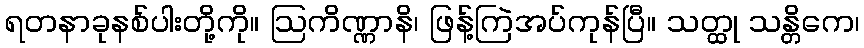
ရတနာခုနစ်ပါးတို့ကို။ ဩကိဏ္ဏာနိ၊ ဖြန့်ကြဲအပ်ကုန်ပြီ။ သတ္ထု သန္တိကေ၊